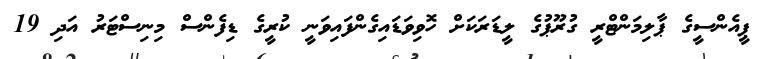
ޕީއެންސީގެ ޕާލިމަންޓްރީ ގުރޫޕުގެ ލީޑަރަކަށް ހޮވިވަޑައިގެންފައިވަނީ ކުރީގެ ޑިފެންސް މިނިސްޓަރު އަދި 19